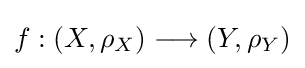
f:(X,\rho _{X})\longrightarrow (Y,\rho _{Y})